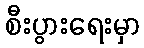
စီးပွားရေးမှာ